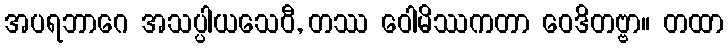
အပရဘာဂေ အသပ္ပါယသေဝီ, တဿ ဝေါမိဿကတာ ဝေဒိတဗ္ဗာ။ တထာ